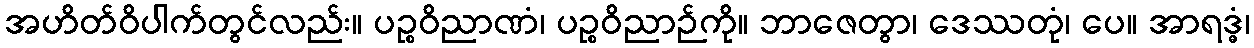
အဟိတ်ဝိပါက်တွင်လည်း။ ပဉ္စဝိညာဏံ၊ ပဉ္စဝိညာဉ်ကို။ ဘာဇေတွာ၊ ဒေဿတုံ၊ ပေ။ အာရဒ္ဓံ၊